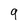
Character: 9